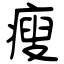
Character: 瘦